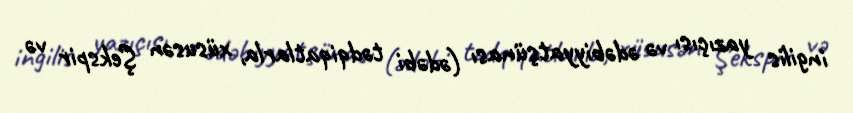
ingilis yazıçısı və ədəbiyyatşünası (ədəbi tədqiqatlarla, xüsusən Şekspir və